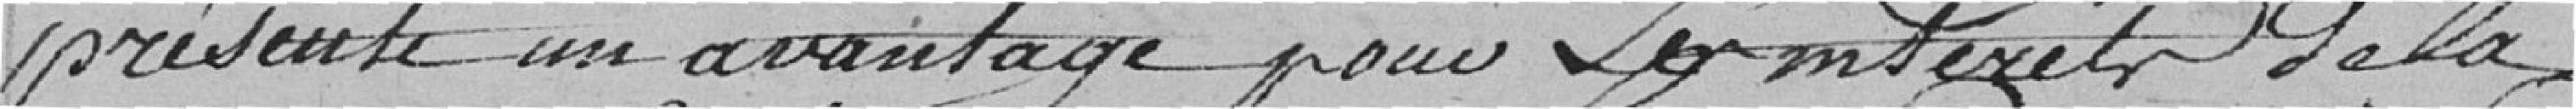
présente un avantage pour Les interets de la